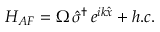
H _ { A F } = \Omega \, \hat { \sigma } ^ { \dag } \, e ^ { i k \hat { x } } + h . c .